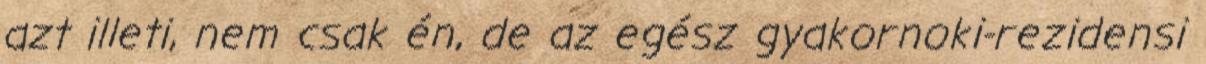
azt illeti, nem csak én, de az egész gyakornoki-rezidensi